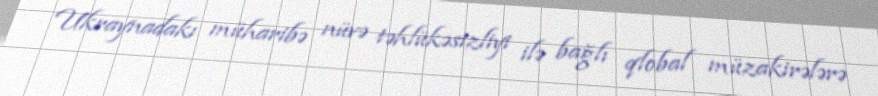
Ukraynadakı müharibə nüvə təhlükəsizliyi ilə bağlı qlobal müzakirələrə